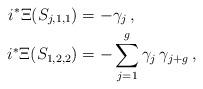
LaTeX: \begin{align*} i^* \Xi (S_{j,1,1}) & = -\gamma_j \, , \\ i^* \Xi (S_{1,2,2}) & = -\sum_{j=1}^g \gamma_j \, \gamma_{j+g} \, , \end{align*}